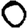
Digit: 0